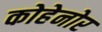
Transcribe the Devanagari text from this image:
कोहेनोर